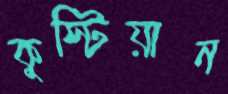
কুস্টিয়ান